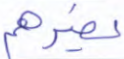
يضرهم